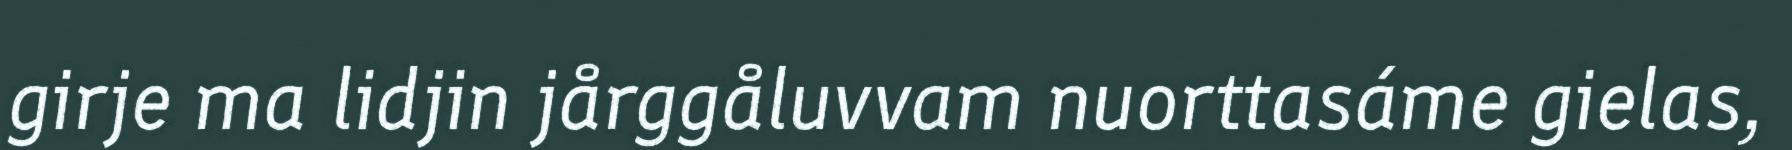
girje ma lidjin jårggåluvvam nuorttasáme gielas,